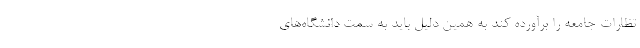
تظارات جامعه را برآورده کند به همین دلیل باید به سمت دانشگاه‌های